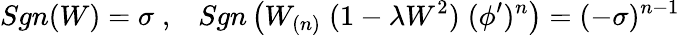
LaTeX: Sgn(W)=\sigma\; ,\; \; \; Sgn\left(W_{(n)}\; (1-\lambda W^{2})\; (\phi^{\prime})^{n}\right)=(-\sigma)^{n-1}